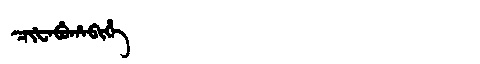
Manchu: ᠴᡳᡶᠠᠪᡠᡥᠠᠪᡳᡥᡝ
Romanization: CIFABUHABIHE